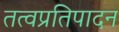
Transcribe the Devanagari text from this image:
तत्वप्रतिपादन